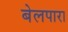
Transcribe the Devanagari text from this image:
बेलपारा